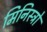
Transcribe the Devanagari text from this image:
मिनिस्ट्रो